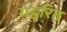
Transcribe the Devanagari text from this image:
गहरित